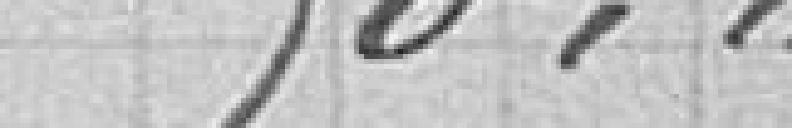
90,00